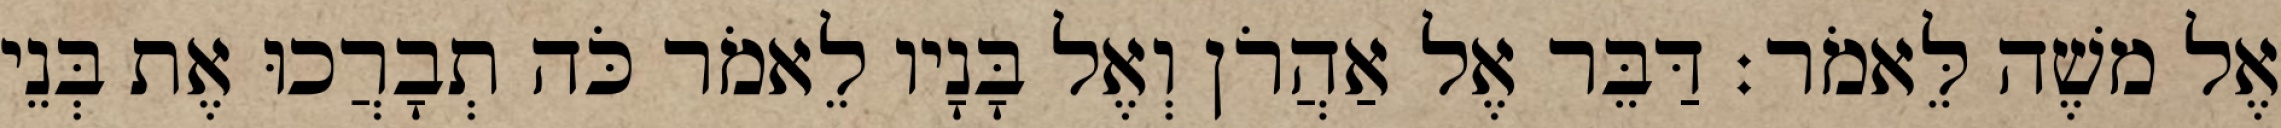
אֶל משֶׁה לֵּאמֹר׃ דַּבֵּר אֶל אַהֲרֹן וְאֶל בָּנָיו לֵאמֹר כֹּה תְבָרֲכוּ אֶת בְּנֵי